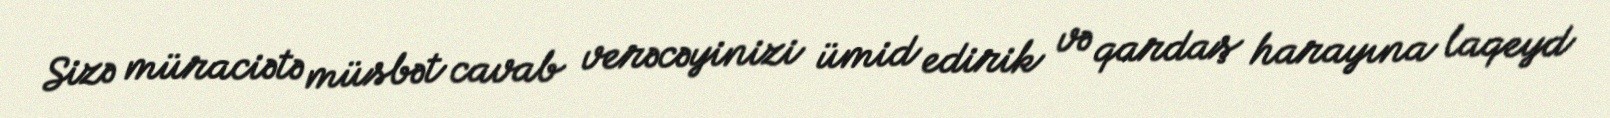
Sizə müraciətə müsbət cavab verəcəyinizi ümid edirik və qardaş harayına laqeyd